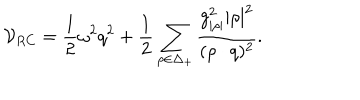
{ \cal V } _ { R C } = { \frac { 1 } { 2 } } \omega ^ { 2 } q ^ { 2 } + { \frac { 1 } { 2 } } \sum _ { \rho \in \Delta _ { + } } { \frac { g _ { | \rho | } ^ { 2 } | \rho | ^ { 2 } } { ( \rho \cdot q ) ^ { 2 } } } .